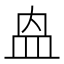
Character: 𭽼